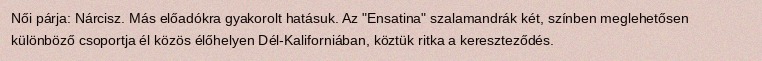
Női párja: Nárcisz. Más előadókra gyakorolt hatásuk. Az "Ensatina" szalamandrák két, színben meglehetősen különböző csoportja él közös élőhelyen Dél-Kaliforniában, köztük ritka a kereszteződés.